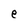
Character: e